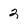
Character: 2